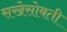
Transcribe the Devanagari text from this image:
सखेसोबती